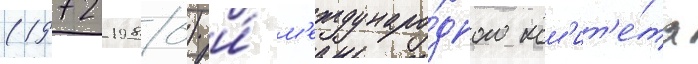
(1972-1980) и́ м'еждунаро́дного ком'ит'е́та